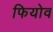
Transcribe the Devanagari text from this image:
फियोव